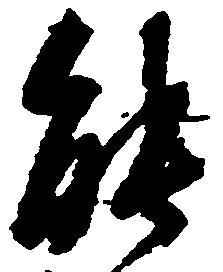
能